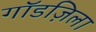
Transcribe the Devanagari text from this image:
गॉडज़िला